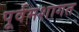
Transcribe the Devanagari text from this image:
पूर्वमशागत